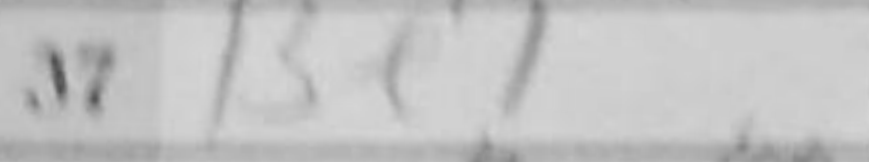
Transcription: Be1